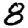
Digit: 8